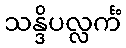
သန္ဒိပလ္လင်္ကံ